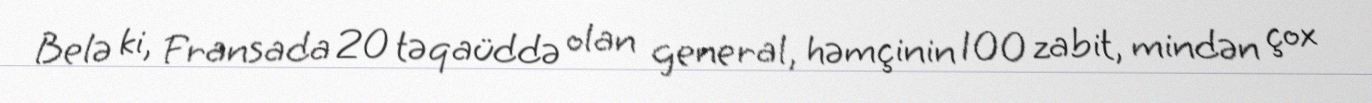
Belə ki, Fransada 20 təqaüddə olan general, həmçinin 100 zabit, mindən çox